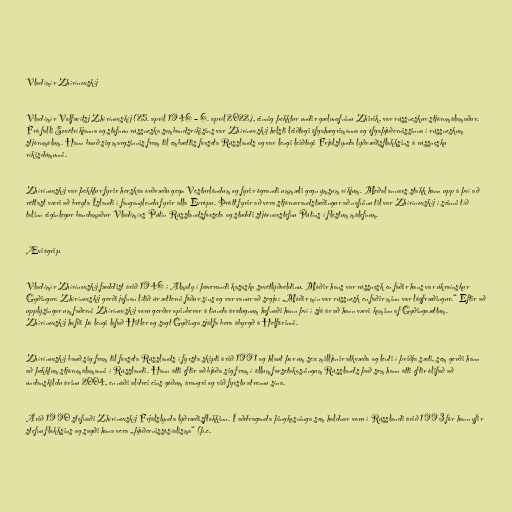
Vladímír Zhírínovskíj

Vladímír Volfovítsj Zhírínovskíj (25. apríl 1946 – 6. apríl 2022), einnig þekktur undir gælunafninu Zhirik, var rússneskur stjórnmálamaður.
Frá falli Sovétríkjanna og stofnun rússneska sambandsríkisins var Zhírínovskíj helsti leiðtogi öfgahægrimanna og öfgaþjóðernissinna í rússneskum
stjórnmálum. Hann bauð sig margsinnis fram til embættis forseta Rússlands og var lengi leiðtogi Frjálslynda lýðræðisflokksins á rússnesku
ríkisdúmunni.

Zhírínovskíj var þekktur fyrir herskáa orðræðu gegn Vesturlöndum og fyrir ögrandi ummæli gegn ýmsum ríkjum. Meðal annars stakk hann upp á því að
réttast væri að breyta Íslandi í fanganýlendu fyrir alla Evrópu. Þrátt fyrir að vera stjórnarandstæðingur að nafninu til var Zhírínovskíj í seinni tíð
talinn eiginlegur bandamaður Vladímírs Pútín Rússlandsforseta og studdi stjórnarstefnu Pútíns í flestum málefnum.

Æviágrip.

Vladímír Zhírínovskíj fæddist árið 1946 í Almaty í þáverandi kasaska sovétlýðveldinu. Móðir hans var rússnesk en faðir hans var úkraínskur
Gyðingur. Zhírínovskíj gerði jafnan lítið úr ætterni föður síns og var vanur að segja: „Móðir mín var rússnesk en faðir minn var lögfræðingur.“ Eftir að
upplýsingar um faðerni Zhírínovskíj voru gerðar opinberar á tíunda áratugnum hafnaði hann því í sjö ár að hann væri kominn af Gyðingaættum.
Zhírínovskíj hafði þá lengi lofað Hitler og sagt Gyðinga sjálfa bera ábyrgð á Helförinni.

Zhírínovskíj bauð sig fram til forseta Rússlands í fyrsta skipti árið 1991 og hlaut þar um sex milljónir atkvæða og lenti í þriðja sæti, sem gerði hann
að þekktum stjórnmálamanni í Rússlandi. Hann átti eftir að bjóða sig fram í öllum forsetakosningum Rússlands það sem hann átti eftir ólifað að
undanskildu árinu 2004, en náði aldrei eins góðum árangri og við fyrstu atrennu sína.

Árið 1990 stofnaði Zhírínovskíj Frjálslynda lýðræðisflokkinn. Í aðdraganda þingkosninga sem haldnar voru í Rússlandi árið 1993 fór hann yfir
stefnu flokksins og sagði hana vera „þjóðernissósíalisma“ (þ.e.